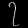
Digit: ၇